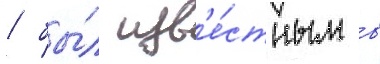
/ бы́л изв'е́стным в